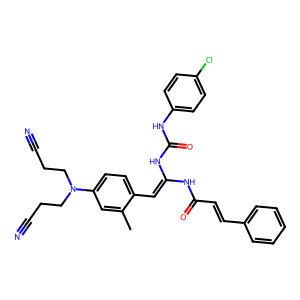
SMILES: Cc1cc(N(CCC#N)CCC#N)ccc1C=C(NC(=O)C=Cc1ccccc1)NC(=O)Nc1ccc(Cl)cc1
Inhibits HIV replication: No